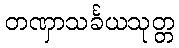
တဏှာသင်္ခယသုတ္တ